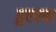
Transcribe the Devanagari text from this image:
हुएल्वा